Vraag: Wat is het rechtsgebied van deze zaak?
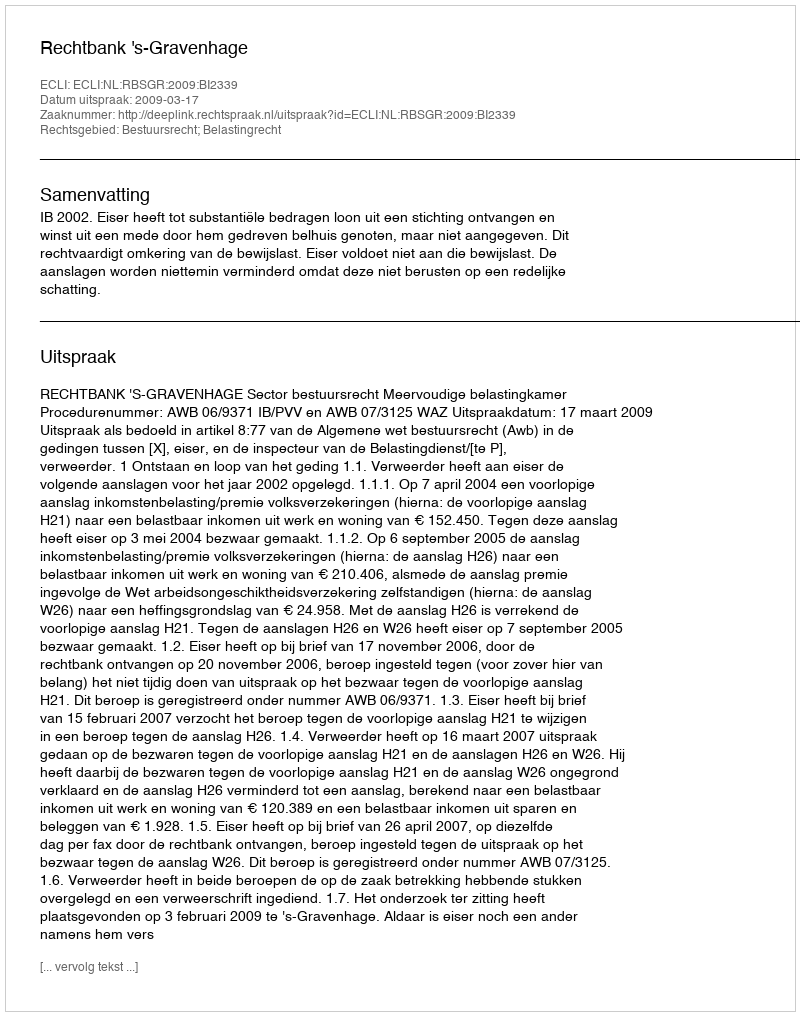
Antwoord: Bestuursrecht; Belastingrecht